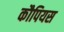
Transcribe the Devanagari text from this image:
कौपियस